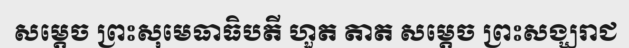
សម្តេច ព្រះសុមេធាធិបតី ហួត តាត សម្តេច ព្រះសង្ឃរាជ